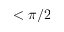
< \pi / 2